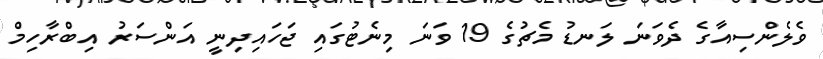
ވެލެންސިއާގެ ދެވަނަ ލަނޑު މެޗުގެ 19 ވަނަ މިނެޓުގައި ޖަހައިދިނީ އަންސަރު އިބްރާހިމް